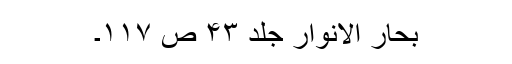
بحار الانوار جلد ۴۳ ص ۱۱۷۔